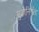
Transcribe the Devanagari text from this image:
मुद्रानिर्यंता